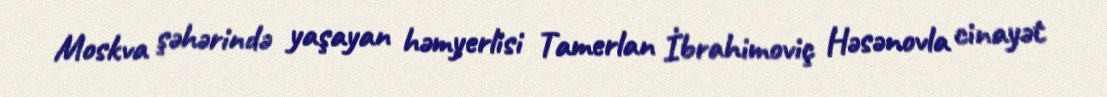
Moskva şəhərində yaşayan həmyerlisi Tamerlan İbrahimoviç Həsənovla cinayət